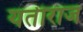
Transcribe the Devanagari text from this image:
यतीराज